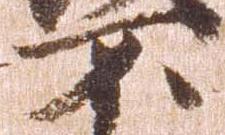
不